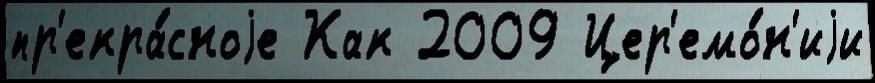
пр'екра́сноjе Как 2009 Цер'емо́н'иjи